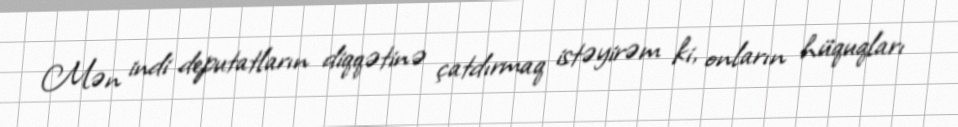
Mən indi deputatların diqqətinə çatdırmaq istəyirəm ki, onların hüquqları